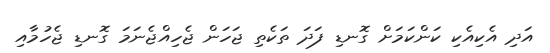
އަދި އެކިއެކި ކަންކަމަށް ގޮނޑި ފަދަ ތަކެތި ޖަހަން ޖެހިއްޖެނަމަ ގޮނޑި ޖެހުމާއި